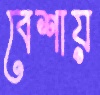
বেশায়